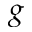
g